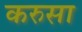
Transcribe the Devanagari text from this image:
करुसा